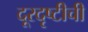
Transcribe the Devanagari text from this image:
दूरदृष्टीची